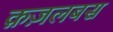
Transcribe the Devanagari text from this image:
क़ज़लबस